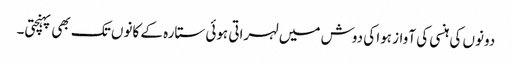
دونوں کی ہنسی کی آواز ہوا کی دوش میں لہراتی ہوئی ستارہ کے کانوں تک بھی پہنچتی۔